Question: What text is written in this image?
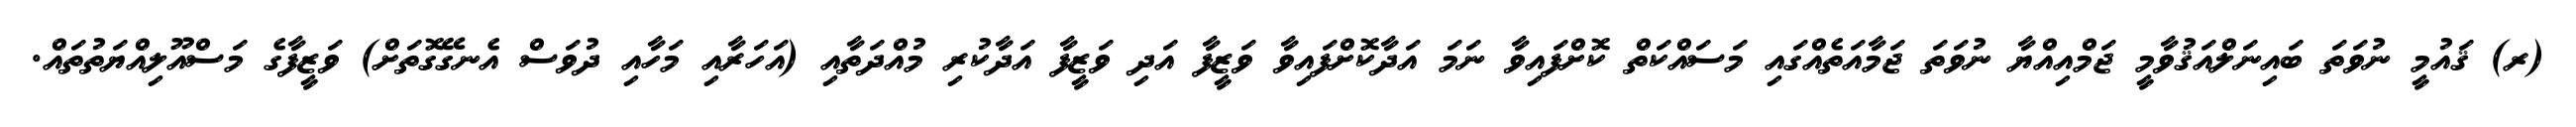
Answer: (ރ) ޤައުމީ ނުވަތަ ބައިނަލްއަޤުވާމީ ޖަމްއިއްޔާ ނުވަތަ ޖަމާއަތެއްގައި މަސައްކަތް ކޮށްފައިވާ ނަމަ އަދާކޮށްފައިވާ ވަޒީފާ އަދި ވަޒީފާ އަދާކުރި މުއްދަތާއި (އަހަރާއި މަހާއި ދުވަސް އެނގޭގޮތަށް) ވަޒީފާގެ މަސްއޫލިއްޔަތުތައް.